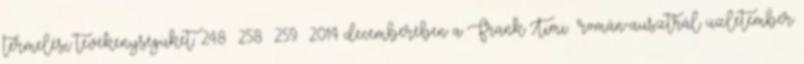
termelési tevékenységüket. 248 258 259 2014 decemberében a Frank Timiș román-ausztrál üzletember